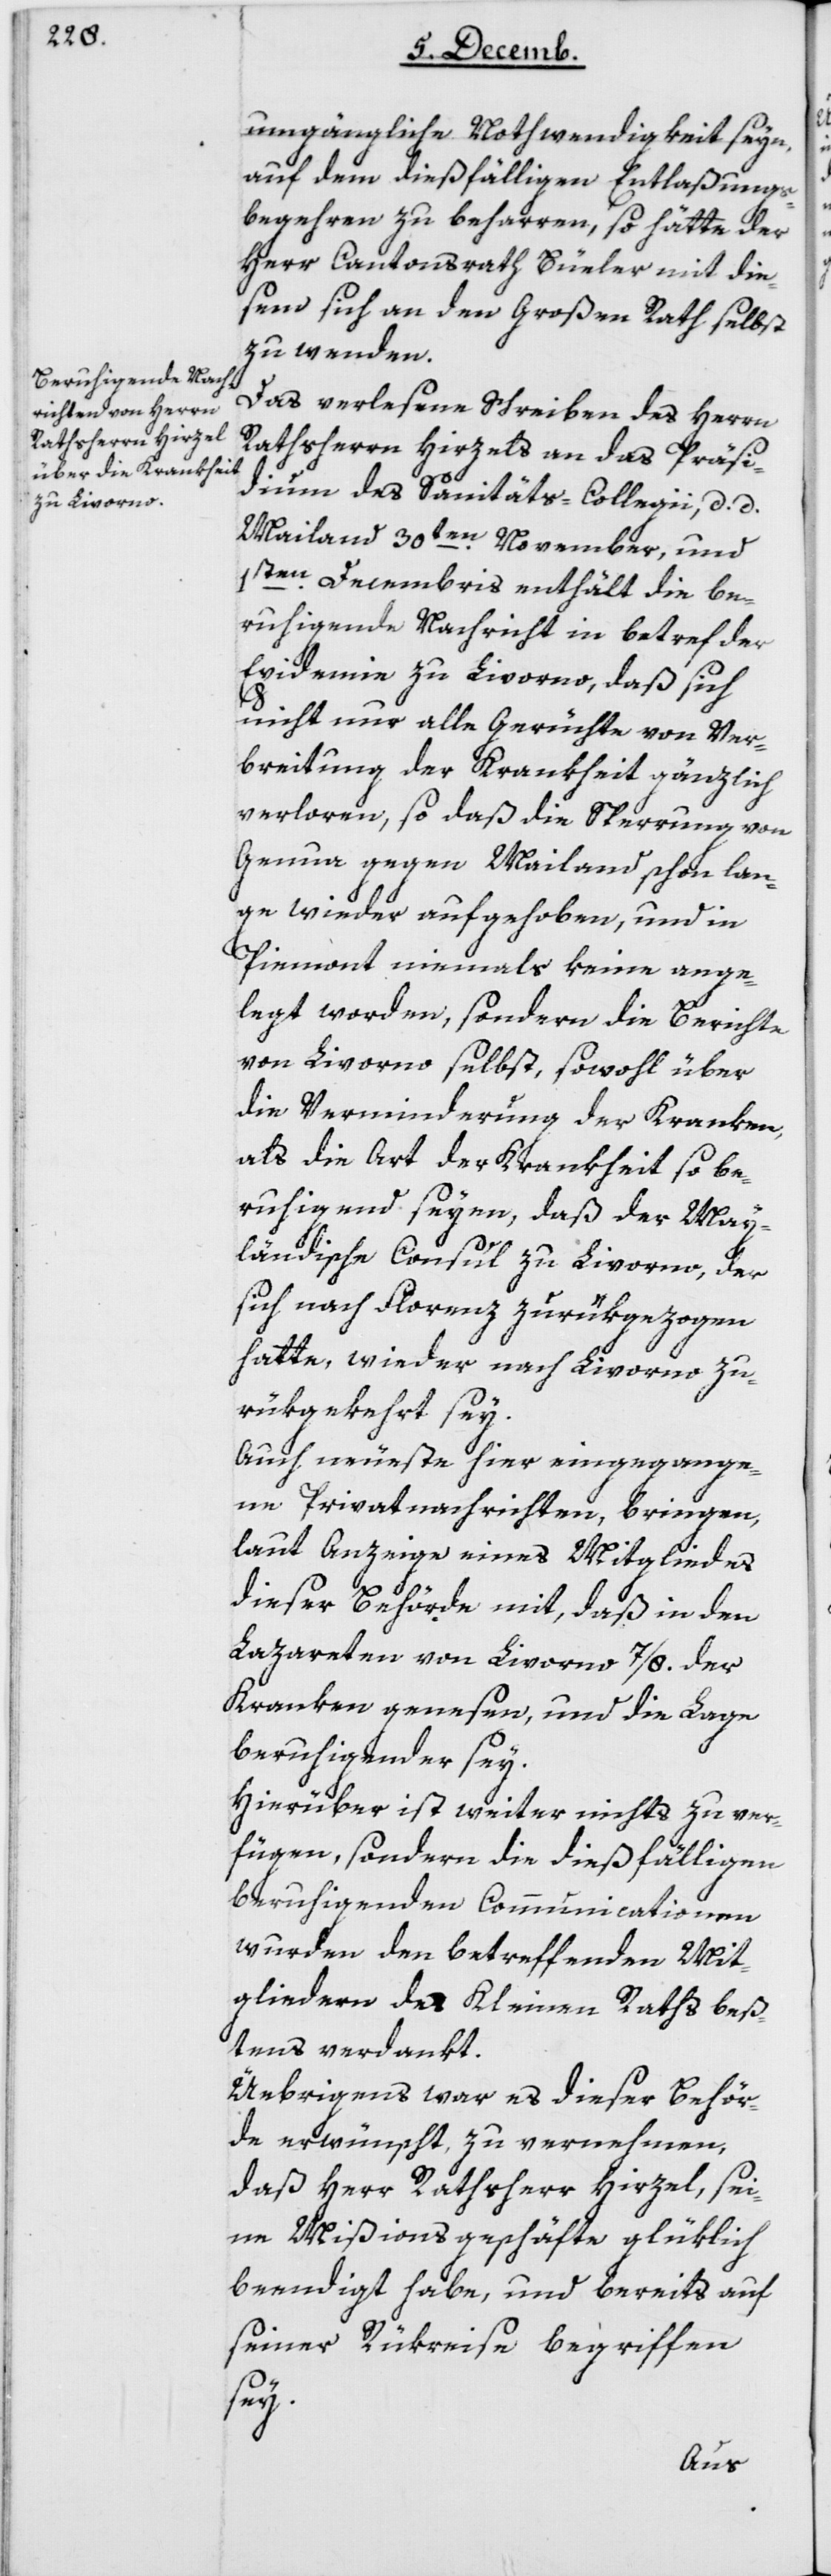
umgängliche Nothwendigkeit seyn,
auf dem dießfälligen Entlaßungs¬
begehren zu beharren, so hätte der
Herr Cantonsrath Büeler mit die¬
sem sich an den Großen Rath selbst
zu wenden.
Das verlesene Schreiben des Herrn
Rathsherrn Hirzels an das Präsi¬
dium des Sanitäts-Collegii, d. d.
Mailand den 30ten November, und
1sten Decembris enthält die be¬
ruhigende Nachricht in betref der
Epidemie zu Livorno, daß sich
nicht nur alle Gerüchte von Ver¬
breitung der Krankheit gänzlich
verloren, so daß die Sperrung von
Genua gegen Mailand schon lan¬
ge wieder aufgehoben und in
Piemont niemals keine ange¬
legt worden, sondern die Berichte
von Livorno selbst, sowohl über
die Verminderung der Kranken,
als die Art der Krankheit so be¬
ruhigend seyen, daß der Mai¬
ländische Consul zu Livorno, der
sich nach Florenz zurükgezogen
hatte, wieder nach Livorno zu¬
rükgekehrt sey.
Auch neuste hier eingegange¬
ne Privatnachrichten, bringen,
laut Anzeige eines Mitgliedes
dieser Behörde mit, daß in den
Lazareten von Livorno 7/8 der
Kranken genesen, und die Lage
beruhigender sey.
Hierüber ist weiter nichts zu ver¬
fügen, sondern die dießfälligen
beruhigenden Communicationen
wurden den betreffenden Mit¬
gliedern des Kleinen Raths beß¬
tens verdankt.
Übrigens war es dieser Behör¬
de erwünscht, zu vernehmen,
daß Herr Rathsherr Hirzel sei¬
ne Mißionsgeschäfte glüklich
beendiget habe, und bereits auf
seiner Rükreise begriffen
sey.